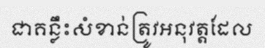
ជាគន្លឹះសំខាន់ត្រូវអនុវត្តដែល